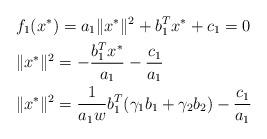
LaTeX: \begin{align*} &f_1(x^*)=a_1\|x^*\|^2+b_1^T{x^*}+c_1=0\\ &\|x^*\|^2=-\frac{b_1^T{x^*}}{a_1}-\frac{c_1}{a_1}\\ &\|x^*\|^2=\frac{1}{a_1w}b_1^T(\gamma_1 b_1+\gamma_2 b_2)-\frac{c_1}{a_1} \end{align*}